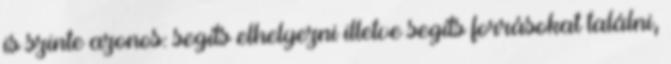
is szinte azonos: segíts elhelyezni illetve segíts forrásokat találni,